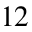
1 2